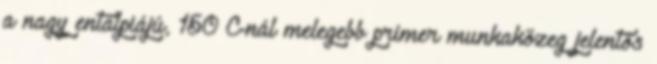
a nagy entalpiájú, 150 C-nál melegebb primer munkaközeg jelentős